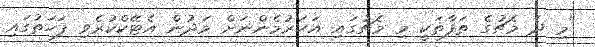
"މި ދެ މެޗުގެ ތަފާތަކީ މި މެޗުގައި އަހަރުމެންނަށް މަދުން އެޓޭކްކުރެވި ފަހަތުގައި